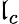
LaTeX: \mathfrak{l}_{c}